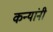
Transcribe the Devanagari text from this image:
कन्यांनी